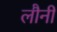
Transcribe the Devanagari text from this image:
लौनी